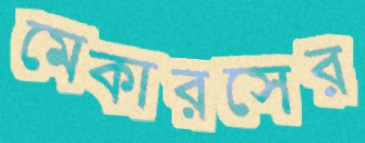
মেকারসের